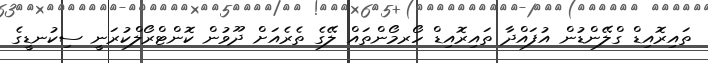
ތައިރޮއިޑް ގްލޭންޑުން އުފައްދާ ތައިރޮއިޑް ހޯރމޯންތައް ލޭގެ ތެރެއަށް ދޫވުން ކޮންޓްރޯލްކުރަނީ ސިކުނޑީގެ